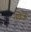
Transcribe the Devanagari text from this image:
तव्रेज